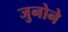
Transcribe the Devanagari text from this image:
जुनोने